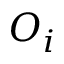
O _ { i }